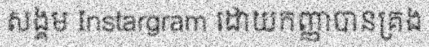
សង្គម Instargram ដោយកញ្ញាបានគ្រង